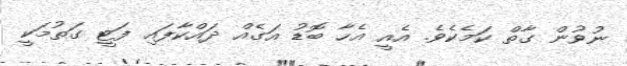
ނުވުން ގާތް ކަމެކެވެ. އެއީ އެހާ ބޮޑު އަގެއް ދައްކާފައި ފަޓީ ގަތުމަކީ